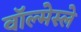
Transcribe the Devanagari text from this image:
वॉल्मेस्ले